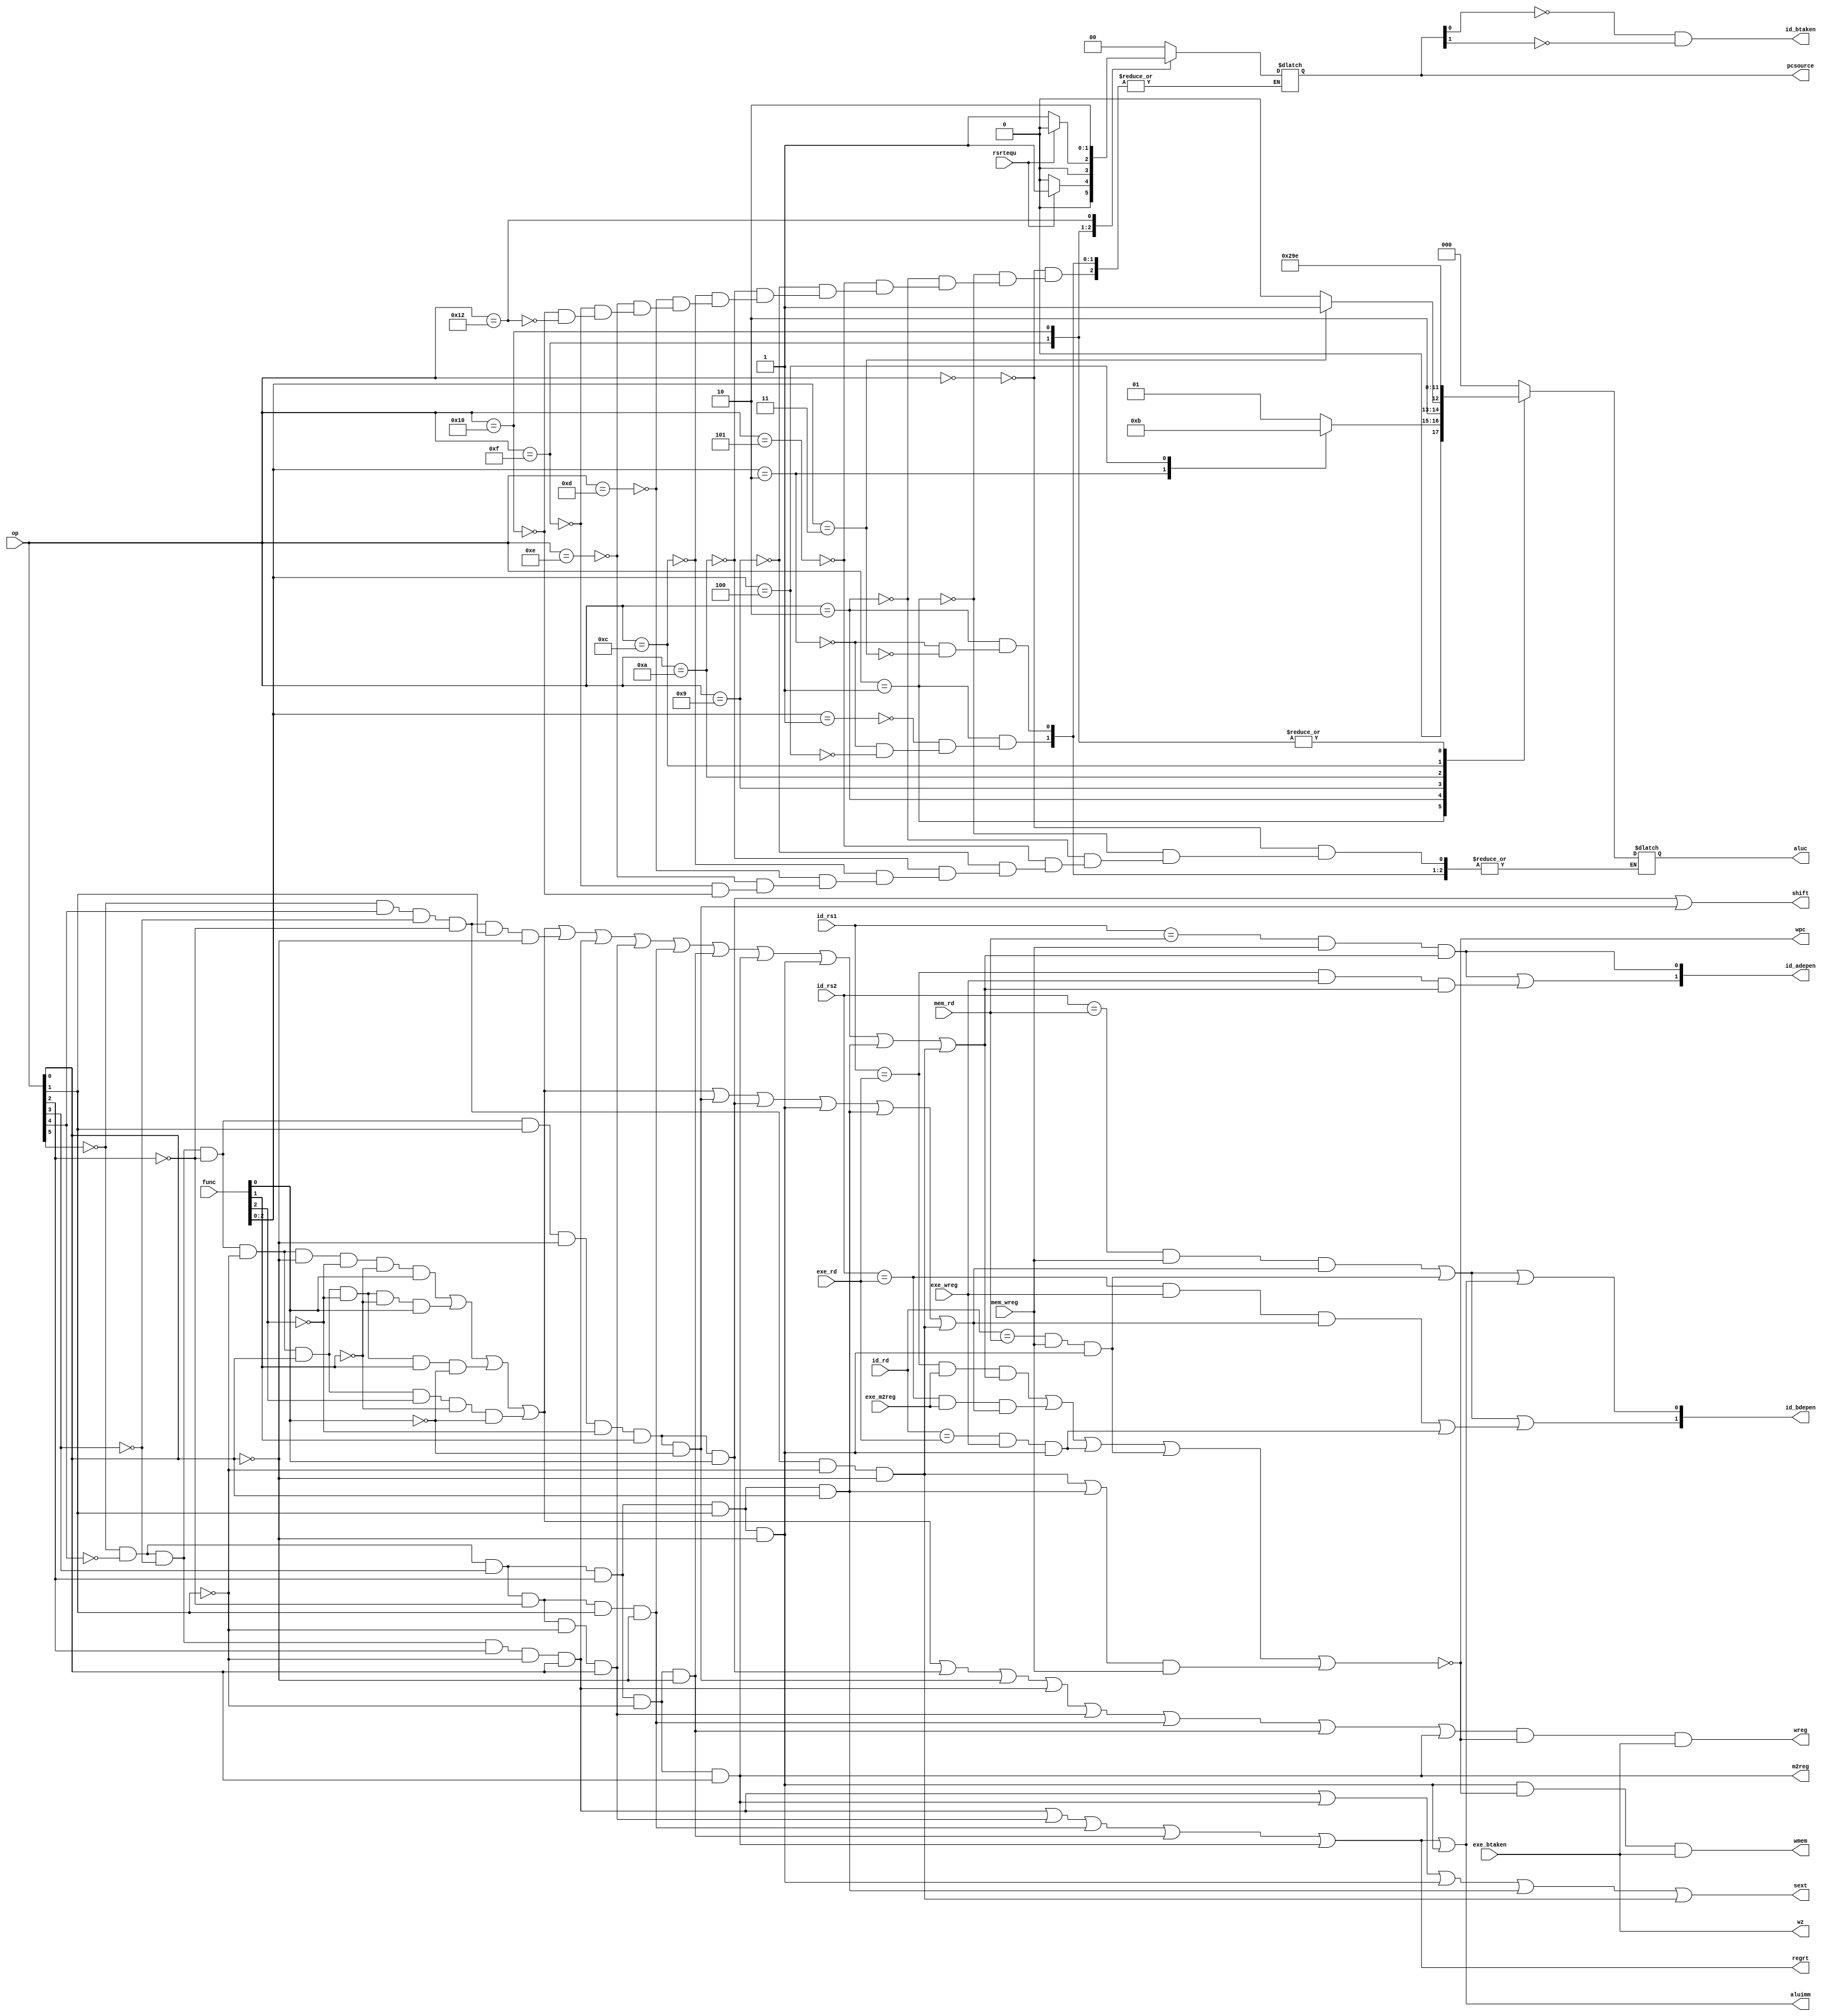
`timescale 1ns / 1ps
//////////////////////////////////////////////////////////////////////////////////
// Company: 
// Engineer: 
// 
// Design Name: 
// Module Name:    Control_Unit 
// Project Name: 
// Target Devices: 
// Tool versions: 
// Description: 
//
// Dependencies: 
//
// Revision: 
// Revision 0.01 - File Created
// Additional Comments: 
//
//////////////////////////////////////////////////////////////////////////////////
module Control_Unit(rsrtequ,func,
	op,wreg,m2reg,wmem,aluc,regrt,aluimm,
	sext,pcsource,shift,wz,
	exe_rd, mem_rd, exe_wreg, mem_wreg, id_adepen, id_bdepen, id_rs1, id_rs2, id_rd, exe_m2reg, wpc,
	id_btaken, exe_btaken
	);
	input exe_btaken;
	output id_btaken;
	
	input [4:0] exe_rd, mem_rd, id_rs1, id_rs2, id_rd;
	input exe_wreg, mem_wreg, exe_m2reg;
	
	output [1:0] id_adepen, id_bdepen;
	output wpc;
	
	input rsrtequ; 		//ALU0if(r=0)rsrtequ=1
	input [5:0] func,op;		//
	output wreg,m2reg,wmem,regrt,aluimm,sext,shift,wz;
	output [2:0] aluc;		//ALU
	output [1:0] pcsource;		//PC
	
	reg [2:0] aluc;
	reg [1:0] pcsource;
	
	wire i_add,i_and,i_or,i_xor,i_sll,i_srl;            //
	wire i_addi,i_andi,i_ori,i_xori;		//
	wire i_lw,i_sw;		//
	wire i_beq,i_bne;		//branch
	wire i_j;		//jump
	
	/////////////////////////////////////////////////////////////////////////////////////////////////////
	and(i_add,~op[5],~op[4],~op[3],~op[2],~op[1],~op[0],~func[2],~func[1],func[0]);		//add
	and(i_and,~op[5],~op[4],~op[3],~op[2],~op[1],op[0],~func[2],~func[1],func[0]);		//and
	and(i_or,~op[5],~op[4],~op[3],~op[2],~op[1],op[0],~func[2],func[1],~func[0]);		//or
	and(i_xor,~op[5],~op[4],~op[3],~op[2],~op[1],op[0],func[2],~func[1],~func[0]);		//xor
	
	and(i_srl,~op[5],~op[4],~op[3],~op[2],op[1],~op[0],~func[2],func[1],~func[0]);		//srl
	and(i_sll,~op[5],~op[4],~op[3],~op[2],op[1],~op[0],~func[2],func[1],func[0]);		//sll
	
	and(i_addi,~op[5],~op[4],~op[3],op[2],~op[1],op[0]);		//addi
	and(i_andi,~op[5],~op[4],op[3],~op[2],~op[1],op[0]);		//andi
	and(i_ori,~op[5],~op[4],op[3],~op[2],op[1],~op[0]);		//ori
	and(i_xori,~op[5],~op[4],op[3],op[2],~op[1],~op[0]);		//xori
	
	and(i_lw,~op[5],~op[4],op[3],op[2],~op[1],op[0]);		//load
	and(i_sw,~op[5],~op[4],op[3],op[2],op[1],~op[0]);		//store
	
	and(i_beq,~op[5],~op[4],op[3],op[2],op[1],op[0]);		//beq
	and(i_bne,~op[5],op[4],~op[3],~op[2],~op[1],~op[0]);		//bne
	
	and(i_j,~op[5],op[4],~op[3],~op[2],op[1],~op[0]);		//jump
	
	/////////////////////////////////////////////////////////////////////////////////////////////////////
	//
	wire ID_rs1IsReg=i_add|i_and|i_or|i_xor|i_j|i_addi|i_andi|i_ori|i_xori|i_lw|i_sw|i_beq|i_bne;
	wire ID_rs2IsReg=i_add|i_and|i_or|i_xor|i_srl|i_sll|i_sw|i_beq|i_bne;
	
	assign wreg=(i_add|i_and|i_or|i_xor|i_sll|i_srl|i_addi|i_andi|i_ori|i_xori|i_lw)&wpc&exe_btaken;		//
	assign regrt=i_addi|i_andi|i_ori|i_xori|i_lw;    //regrt1rtrd
	assign m2reg=i_lw;  //1ALU
	assign shift=i_sll|i_srl;//ALUa1ALUainst[19:15]
	assign aluimm=i_addi|i_andi|i_ori|i_xori|i_lw|i_sw;//ALUb1ALUb
	assign sext=i_addi|i_lw|i_sw|i_beq|i_bne;//1
	assign wmem=i_sw&wpc&exe_btaken;//1
	assign wz=exe_btaken;//
	
	//
	assign exe_adepen=(id_rs1==exe_rd)&(exe_wreg==1)&(ID_rs1IsReg);
	assign mem_adepen=(id_rs1==mem_rd)&(mem_wreg==1)&(ID_rs1IsReg);
	assign exe_bdepen=((id_rs2==exe_rd)&(exe_wreg==1)&(ID_rs2IsReg))|((id_rd==exe_rd)&(exe_wreg==1)&(i_sw));
	assign mem_bdepen=((id_rs2==mem_rd)&(mem_wreg==1)&(ID_rs2IsReg))|((id_rd==mem_rd)&(mem_wreg==1)&(i_sw));
	assign id_adepen[0]=mem_adepen;
	assign id_adepen[1]=mem_adepen|exe_adepen;
	assign id_bdepen[0]=mem_bdepen|aluimm;
	assign id_bdepen[1]=mem_bdepen|exe_bdepen;
	
	assign id_btaken=(pcsource[0]==0)&(pcsource[1]==0);//btaken1
	
	//loadwpc1
	assign wpc=~(((id_rs1==exe_rd)&exe_m2reg&ID_rs1IsReg)|((id_rs2==exe_rd)&exe_m2reg&ID_rs2IsReg)|
	((id_rd==exe_rd)&exe_wreg&i_sw)|((id_rd==mem_rd)&mem_wreg&i_sw)|((i_bne|i_beq)&mem_wreg));
	always @(*)
	case (op)
		6'b000000: begin aluc<=3'b000; pcsource<=2'b00; end		//+; pc=pc+4
		6'b000001: 
		case (func[2:0])
			3'b001: begin aluc<=3'b001; pcsource<=2'b00; end		//and; pc=pc+4
			3'b010: begin aluc<=3'b010; pcsource<=2'b00; end		//or; pc=pc+4
			3'b100: begin aluc<=3'b011; pcsource<=2'b00; end		//xor; pc=pc+4
		endcase
		6'b000010: 
		case (func[2:0])
			3'b010: begin aluc<=3'b100; pcsource<=2'b00; end		//srl; pc=pc+4
			3'b011: begin aluc<=3'b101; pcsource<=2'b00; end		//sll; pc=pc+4
		endcase				
		6'b000101: begin aluc<=3'b000; pcsource<=2'b00; end		//addi; pc=pc+4
		6'b001001: begin aluc<=3'b001; pcsource<=2'b00; end		//andi; pc=pc+4
		6'b001010: begin aluc<=3'b010; pcsource<=2'b00; end		//ori; pc=pc+4
		6'b001100: begin aluc<=3'b011; pcsource<=2'b00; end		//xori; pc=pc+4
		
		6'b001101: begin aluc<=3'b000; pcsource<=2'b00; end		//load; pc=pc+4
		6'b001110: begin aluc<=3'b000; pcsource<=2'b00; end		//store; pc=pc+4
		6'b001111: begin aluc<=3'b110; if(rsrtequ) pcsource<=2'b01; else pcsource<=2'b00; end		//beq; pc=bpc
		6'b010000: begin aluc<=3'b110; if(!rsrtequ) pcsource<=2'b01; else pcsource<=2'b00; end		//beq; pc=bpc
		6'b010010: pcsource<=2'b10;		//beq; pc=jpc
	endcase
	
endmodule